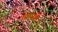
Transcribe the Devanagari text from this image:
शास्त्रके